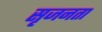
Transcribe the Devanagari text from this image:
सृजनता